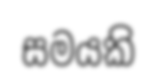
සමයකි